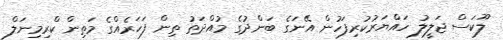
ލޫކަސް ޖަލީލު ހައްޔަރުކުރިފަހުން އޭނަގެ ބަންދުގެ މުއްދަތު ތިން ފަހަރެއްގެ މަތިން ކްރިމިނަލް